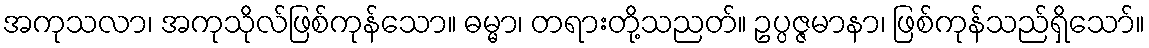
အကုသလာ၊ အကုသိုလ်ဖြစ်ကုန်သော။ ဓမ္မာ၊ တရားတို့သညတ်။ ဥပ္ပဇ္ဇမာနာ၊ ဖြစ်ကုန်သည်ရှိသော်။